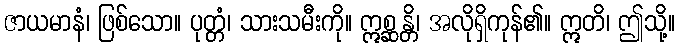
ဇာယမာနံ၊ ဖြစ်သော။ ပုတ္တံ၊ သားသမီးကို။ ဣစ္ဆန္တိ၊ အလိုရှိကုန်၏။ ဣတိ၊ ဤသို့။